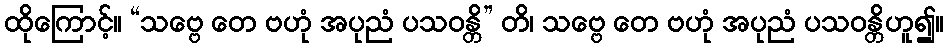
ထိုကြောင့်။ “သဗ္ဗေ တေ ဗဟုံ အပုညံ ပသဝန္တိ” တိ၊ သဗ္ဗေ တေ ဗဟုံ အပုညံ ပသဝန္တိဟူ၍။